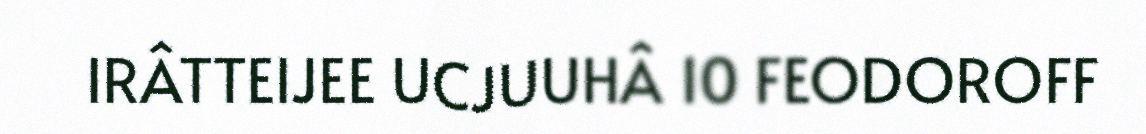
IRÂTTEIJEE UCJUUHÂ 10 FEODOROFF